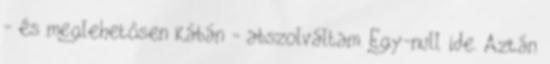
- és meglehetősen kábán - abszolváltam. Egy-null ide. Aztán